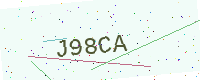
Text: J98CA